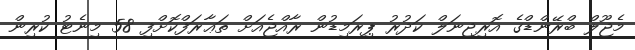
މެޖޫލް ބްރޭންޑްގެ އޮރިޖިނަލް ކަދުރު ޕިރަމިޑުން ރާއްޖެއަށް ތަޢާރަފްކޮށްފި 58 މިނެޓު ކުރިން